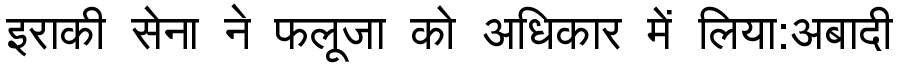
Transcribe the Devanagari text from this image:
इराकी सेना ने फलूजा को अधिकार में लिया:अबादी